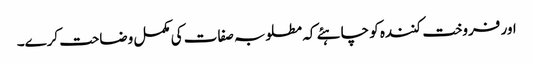
اور فروخت کنندہ کو چاہئے کہ مطلوبہ صفات کی مکمل وضاحت کرے۔